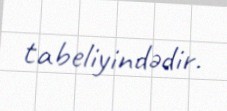
tabeliyindədir.